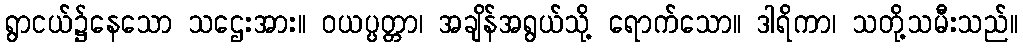
ရွာငယ်၌နေသော သဌေးအား။ ဝယပ္ပတ္တာ၊ အချိန်အရွယ်သို့ ရောက်သော။ ဒါရိကာ၊ သတို့သမီးသည်။